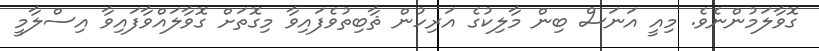
ގޮވާލަމުންނެވެ. މިއީ އަނަސް ބިން މާލިކުގެ އަރިހުން ޘާބިތުވެފައިވާ މިގޮތަށް ގޮވާލައްވާފައިވާ އިސްލާމީ